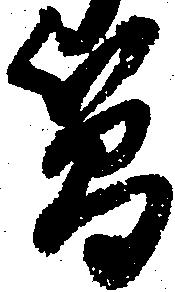
簡